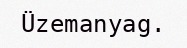
Üzemanyag.